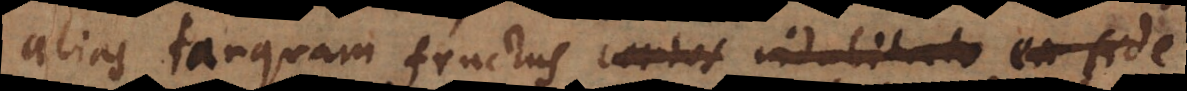
alias tanquam fructus certos indubitato ea fide